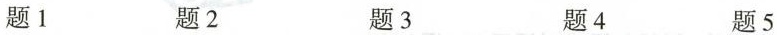
题1 题2 题3 题4 题5